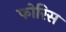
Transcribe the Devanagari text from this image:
फोरिस